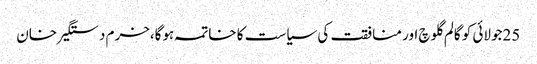
25جولائی کو گالم گلوچ اور منافقت کی سیاست کا خاتمہ ہوگا،خرم دستگیر خان